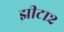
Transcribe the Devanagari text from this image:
झीटा२